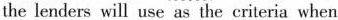
the len ders will use as the criteria when